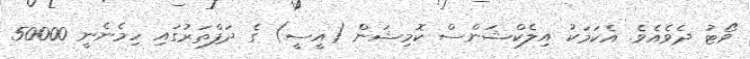
ވޯޓު ދެވެއެވެ. އެކަމަކު އިލެކްޝަންސް ކޮމިޝަން (އީސީ) ގެ ދަފްތަރުގައި ހިމެނެނީ 50000